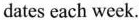
dates each week.